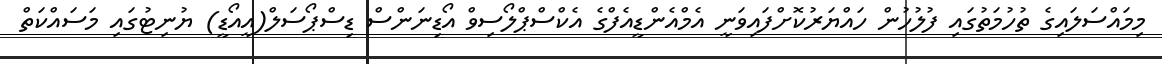
މިމައްސަލައިގެ ތުހުމަތުގައި ފުލުހުން ހައްޔަރުކޮށްފައިވަނީ އެމްއެންޑީއެފްގެ އެކްސްޕްލޯސިވް އޯޑިނަންސް ޑިސްޕޯސަލް(އީއޯޑީ) ޔުނިޓުގައި މަސައްކަތް